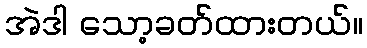
အဲဒါ သော့ခတ်ထားတယ်။